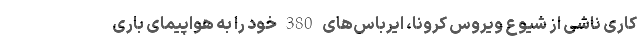
کاری ناشی از شیوع ویروس کرونا، ایرباس‌های 380 خود را به هواپیمای باری